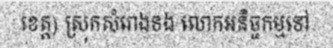
ខេត្ត) ស្រុកសំរោងទង លោកអនិច្ចកម្មទៅ